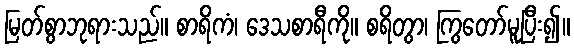
မြတ်စွာဘုရားသည်။ စာရိကံ၊ ဒေသစာရီကို။ စရိတွာ၊ ကြွတော်မူပြီး၍။